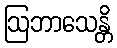
ဩဘာသေန္တိ